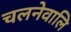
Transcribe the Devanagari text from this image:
चलनेवालि